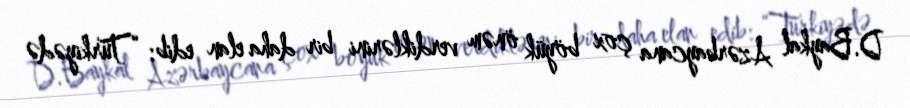
D.Baykal Azərbaycana çox böyük önəm verdiklərini bir daha elan edib: “Türkiyədə